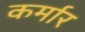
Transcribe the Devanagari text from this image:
कर्मार